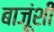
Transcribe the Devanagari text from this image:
बाजूंशी